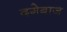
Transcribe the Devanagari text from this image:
दगेबाज